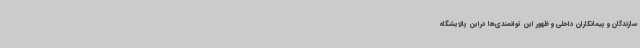
سازندگان و پیمانکاران داخلی و ظهور این توانمندی‌ها دراین پالایشگاه